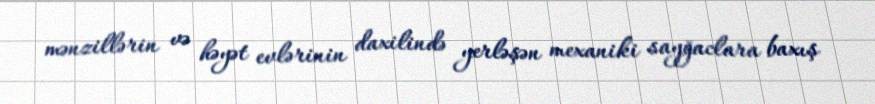
mənzillərin və həyət evlərinin daxilində yerləşən mexaniki sayğaclara baxış